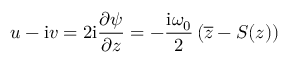
u - \mathrm { i } v = 2 \mathrm { i } { \frac { \partial \psi } { \partial z } } = - { \frac { \mathrm { i } \omega _ { 0 } } { 2 } } \left( \overline { { z } } - S ( z ) \right)